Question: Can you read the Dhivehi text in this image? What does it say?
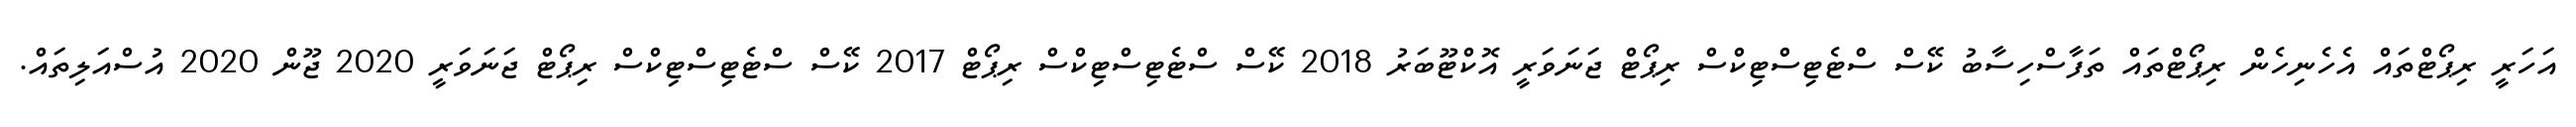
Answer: އަހަރީ ރިޕޯޓްތައް އެހެނިހެން ރިޕޯޓްތައް ތަފާސްހިސާބު ކޭސް ސްޓެޓިސްޓިކްސް ރިޕޯޓް ޖަނަވަރީ އޮކްޓޫބަރު 2018 ކޭސް ސްޓެޓިސްޓިކްސް ރިޕޯޓް 2017 ކޭސް ސްޓެޓިސްޓިކްސް ރިޕޯޓް ޖަނަވަރީ 2020 ޖޫން 2020 އުސްއަލިތައް.